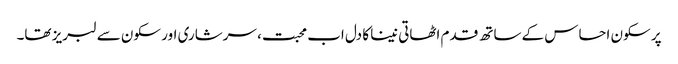
پر سکون احساس کے ساتھ قدم اٹھاتی نینا کا دل اب محبت، سرشاری اور سکون سے لبریز تھا۔